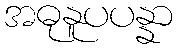
အဓုနူပပန္နာ